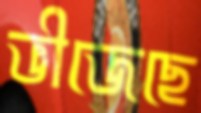
ভীজেছে